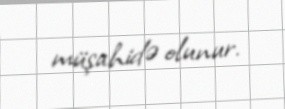
müşahidə olunur.